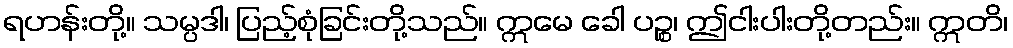
ရဟန်းတို့။ သမ္ပဒါ၊ ပြည့်စုံခြင်းတို့သည်။ ဣမေ ခေါ ပဉ္စ၊ ဤငါးပါးတို့တည်း။ ဣတိ၊